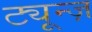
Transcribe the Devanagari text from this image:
ट्यून्ज़